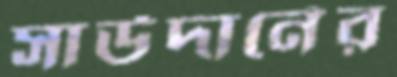
সাউদার্নের